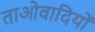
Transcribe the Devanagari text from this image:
ताओवादियों